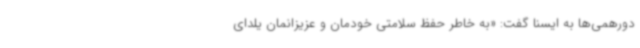
دورهمی‌ها به ایسنا گفت: «به خاطر حفظ سلامتی خودمان و عزیزانمان یلدای